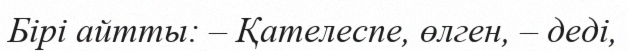
Бірі айтты: – Қателеспе, өлген, – деді,